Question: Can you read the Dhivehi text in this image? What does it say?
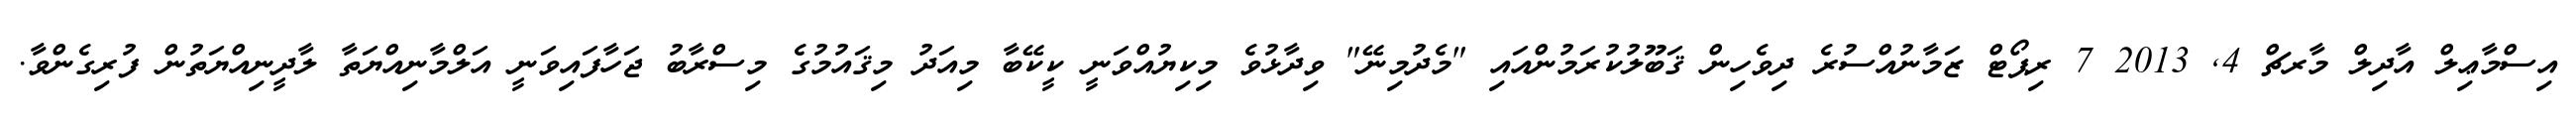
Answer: އިސްމާޢިލް އާދިލް މާރޗް 4, 2013 7 ރިޕޯޓް ޒަމާނުއްސުރެ ދިވެހިން ޤަބޫލުކުރަމުންއައި "މެދުމިނޭ" ވިދާޅުވެ މިކިޔުއްވަނީ ކީކޭބާ މިއަދު މިޤައުމުގެ މިސްރާބު ޖަހާފައިވަނީ އަލްމާނިއްޔަތާ ލާދީނިއްޔަތުން ފުރިގެންވާ.